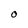
Character: O